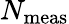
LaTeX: N_{\mathrm{meas}}